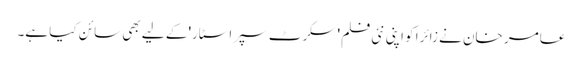
عامر خان نے زائرا کو اپنی نئی فلم' سکرٹ سپراسٹار' کے لیے بھی سائن کیا ہے۔